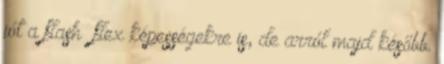
jót a flash flex képességekre is, de arról majd később.